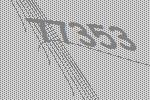
77353